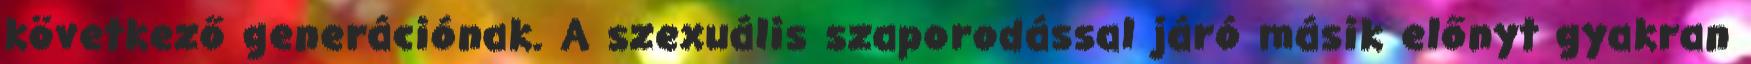
következő generációnak. A szexuális szaporodással járó másik előnyt gyakran